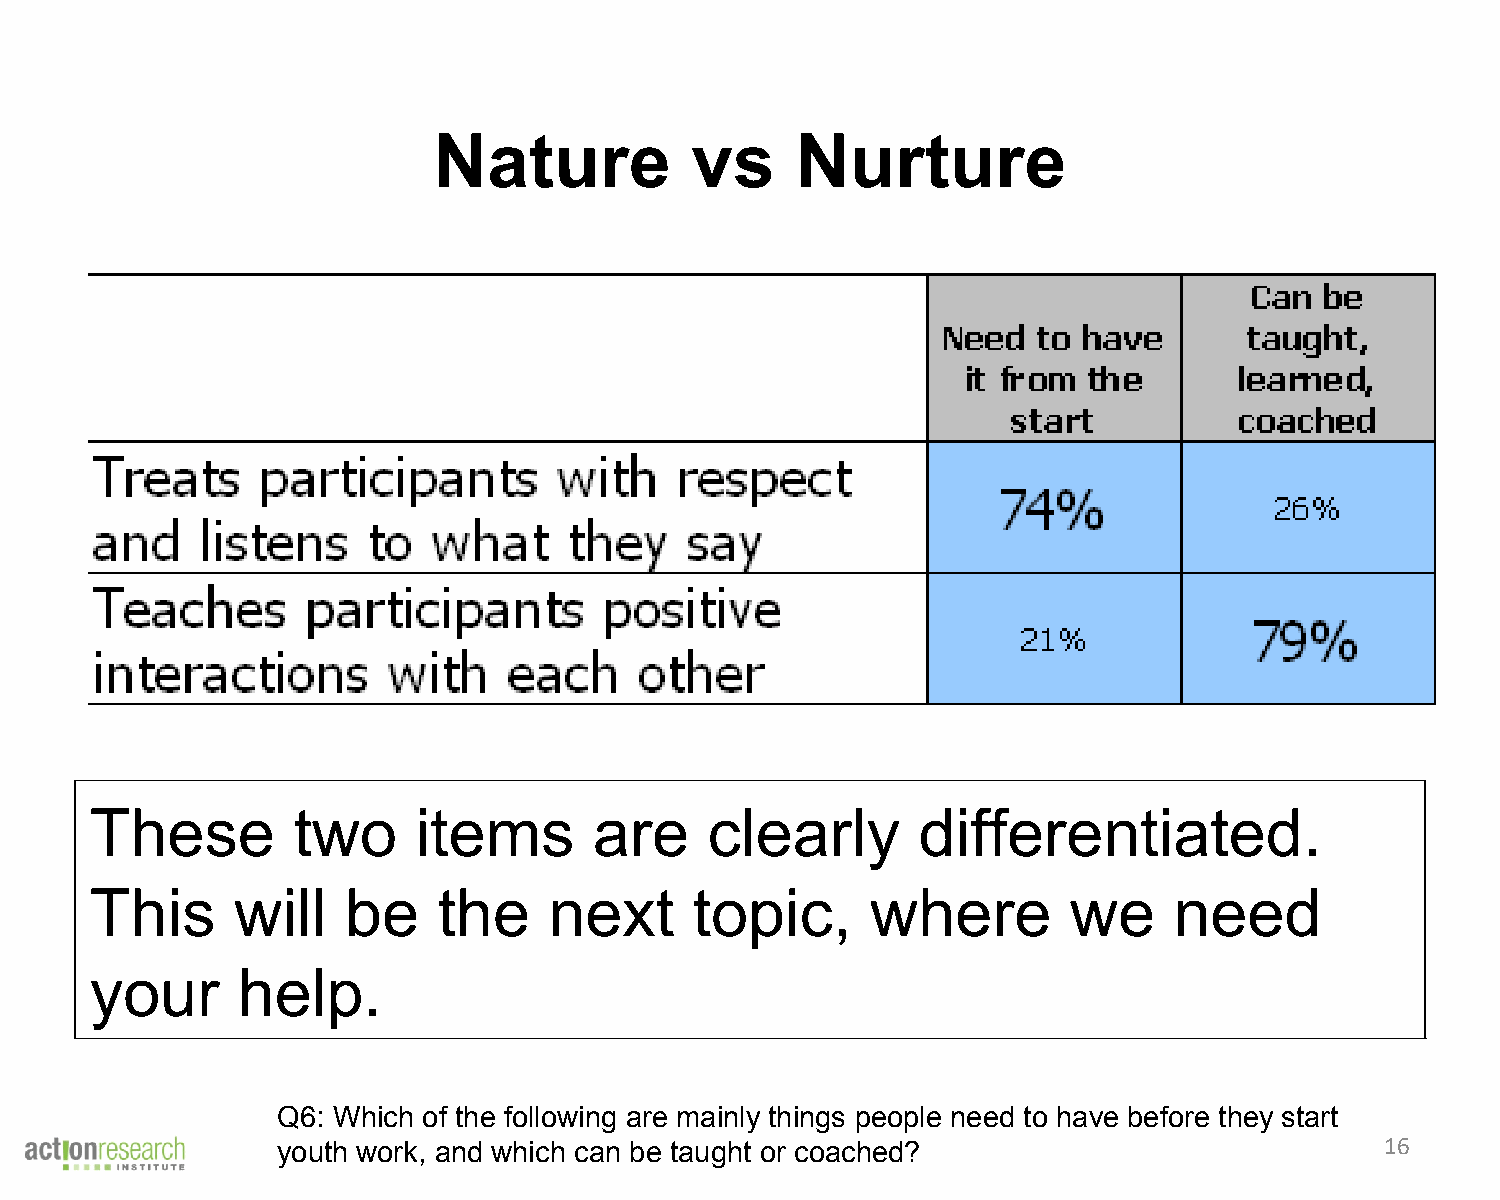
Nature           vs     Nurture
 These        two      items      are     clearly       differentiated.
 This      will   be    the    next      topic,      where        we     need
 your      help.
 Q6: Which of the following are mainly things people need to have before they start
 youth work, and which can be taught or coached?                           16